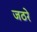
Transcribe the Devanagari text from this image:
जठरे